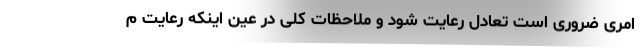
امری ضروری است تعادل رعایت شود و ملاحظات کلی در عین اینکه رعایت م